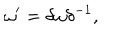
\omega ^ { \prime } = \delta \omega \delta ^ { - 1 } ,